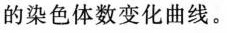
的染色体数变化曲线。